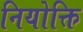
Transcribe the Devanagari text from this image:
नियोक्ति